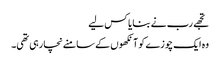
تجھے رب نے بنایا کس لیے
وہ ایک چوزے کو آنکھوں کے سامنے نچا رہی تھی۔